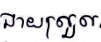
ងាយស្រួល